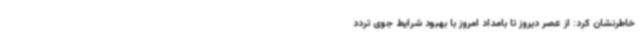
خاطرنشان کرد: از عصر دیروز تا بامداد امروز با بهبود شرایط جوی تردد